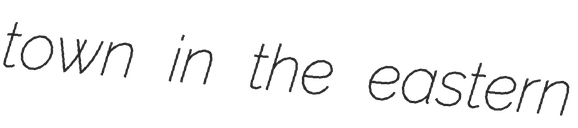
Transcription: town in the eastern